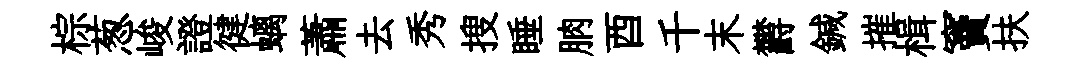
棕葱峻證徤螭蕭去秀搜睡朒酉千末欝鍼摧楫竇扶